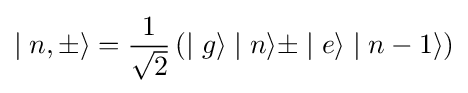
\mid n,\pm \rangle ={\frac {1}{\sqrt {2}}}\left(\mid g\rangle \mid n\rangle \pm \mid e\rangle \mid n-1\rangle \right)